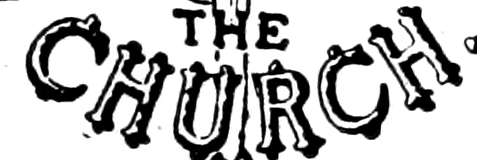
CHURCH